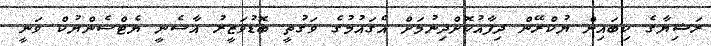
ރަޝިޔާގެ ކިބައިން ޔުކްރޭން ދިފާއުކޮށްދިނުމަށް އެގައުމުގެ ވަގުތީ ބޮޑުވަޒީރު އާސެނީ ޔެޓްސެންޔުކް ވަނީ